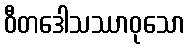
ဝီတဒေါသဿာဝုသော